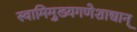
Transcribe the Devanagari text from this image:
स्वामिमुख्यगणेशाद्यान्